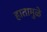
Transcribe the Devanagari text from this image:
हातामुळे